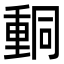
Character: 𨤯